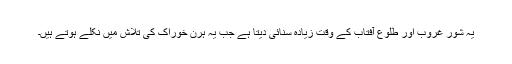
یہ شور غروب اور طلوع آفتاب کے وقت زیادہ سنائی دیتا ہے جب یہ ہرن خوراک کی تلاش میں نکلے ہوتے ہیں۔